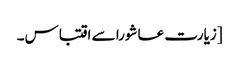
[زیارت عاشورا سے اقتباس۔